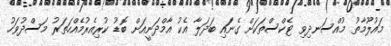
މައުލޫމާތު މުއްސަނދިވި ޓެކްސްތަކަށް ގެނައި ބަދަލާ އެކު އާމްދަނީއަށް ބޮޑު ކުރިއެރުމެއްހަތަރު މަސްދުވަހު